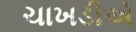
ચાખડીએ